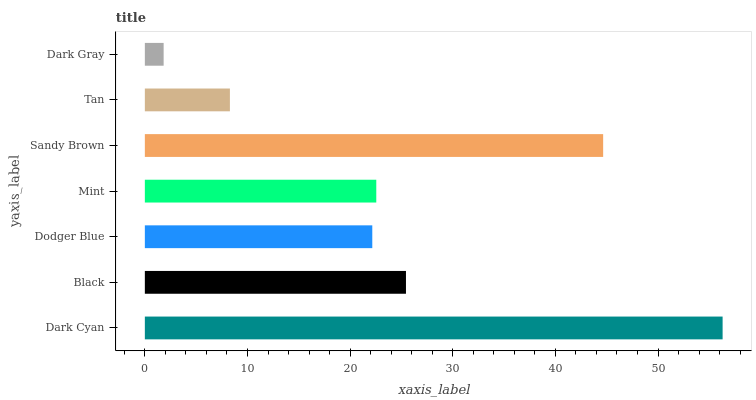
| yaxis_label | bars |
 | --- | --- |
 | Dark Cyan | 56.3 |
 | Black | 25.4 |
 | Dodger Blue | 22.2 |
 | Mint | 22.5 |
 | Sandy Brown | 44.7 |
 | Tan | 8.29 |
 | Dark Gray | 1.83 |